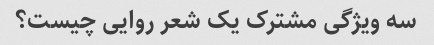
سه ویژگی مشترک یک شعر روایی چیست؟